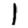
Digit: 1